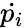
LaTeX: \dot{p_{i}}